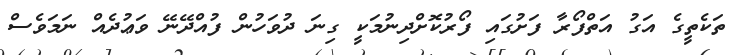
ތަކެތީގެ އަގު އަތްފޯރާ ފަށުގައި ފޯރުކޮށްދިނުމަކީ ގިނަ ދުވަހުން ފުއްދޭނޭ ވަޢުދެއް ނަމަވެސް